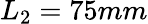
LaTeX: L_{2}=75mm